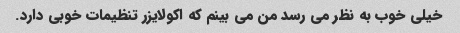
خیلی خوب به نظر می رسد من می بینم که اکولایزر تنظیمات خوبی دارد.